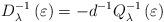
LaTeX: \begin{align*}D_{\lambda }^{-1}\left( \varepsilon \right) =-d^{-1}Q_{\lambda }^{-1}\left(\varepsilon \right) \end{align*}